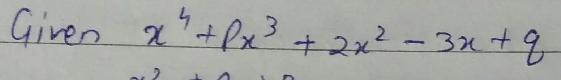
Given $x^4+\rho x^3 + 2x^2 - 3x + q$